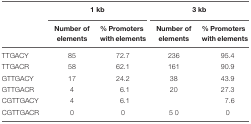
<table><thead><tr><td></td><td colspan="2"><b>1 kb</b></td><td colspan="2"><b>3 kb</b></td></tr><tr><td></td><td><b>Number of elements</b></td><td><b>% Promoters with elements</b></td><td><b>Number of elements</b></td><td><b>% Promoters with elements</b></td></tr></thead><tbody><tr><td>TTGACY</td><td>85</td><td>72.7</td><td>236</td><td>95.4</td></tr><tr><td>TTGACR</td><td>58</td><td>62.1</td><td>161</td><td>90.9</td></tr><tr><td>GTTGACY</td><td>17</td><td>24.2</td><td>38</td><td>43.9</td></tr><tr><td>GTTGACR</td><td>4</td><td>6.1</td><td>20</td><td>27.3</td></tr><tr><td>CGTTGACY</td><td>4</td><td>6.1</td><td></td><td>7.6</td></tr><tr><td>CGTTGACR</td><td>0</td><td>0</td><td>5 0</td><td>0</td></tr></tbody></table>